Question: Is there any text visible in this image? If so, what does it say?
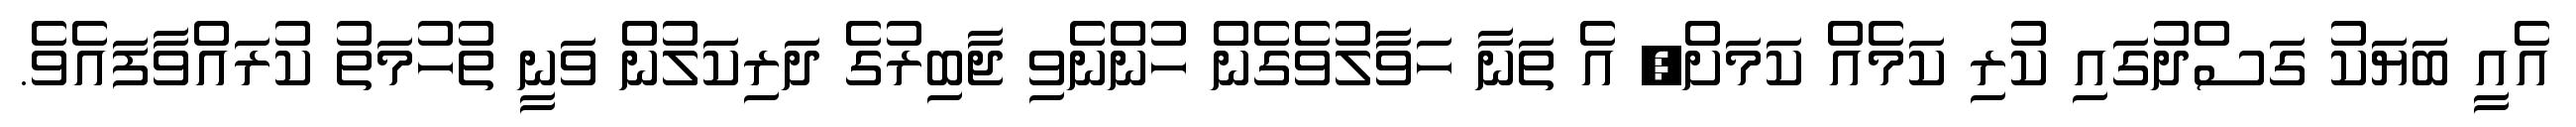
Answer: އެއީ ބަޔަކު ގަސްދުގައި ކުރި ކަމެއް ކަމަށް, އެ ތަނާ ހަވާލުވެގެން ހުންނެވި ޖާބިރުގެ ދަރިކަލުން ވަނީ ތުހުމަތު ކުރައްވާފައެވެ.